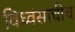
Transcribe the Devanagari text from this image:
विध्वंसाचीच